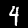
Digit: 4